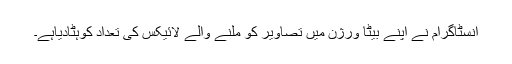
انسٹاگرام نے اپنے بیٹا ورژن میں تصاویر کو ملنے والے لائیکس کی تعداد کوہٹادیاہے۔